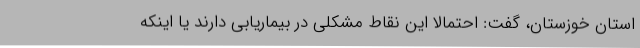
استان خوزستان، گفت: احتمالا این نقاط مشکلی در بیماریابی دارند یا اینکه